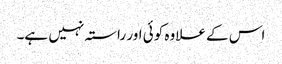
اس کے علاوہ کوئی اور راستہ نہیں ہے۔